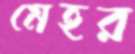
মেহর